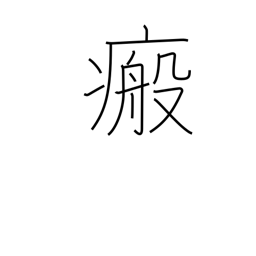
Meaning: scar